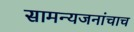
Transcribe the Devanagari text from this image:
सामन्यजनांचाच